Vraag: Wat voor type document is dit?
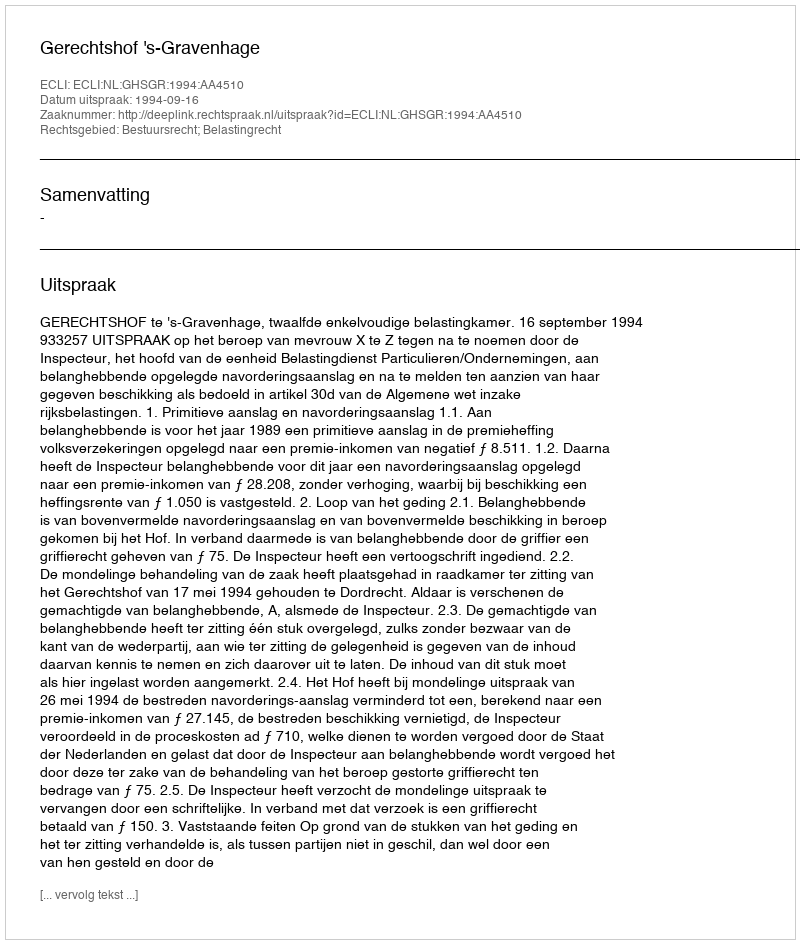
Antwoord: Uitspraak